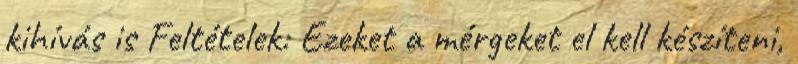
kihívás is Feltételek: Ezeket a mérgeket el kell készíteni,